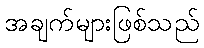
အချက်များဖြစ်သည်